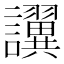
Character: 𫍖